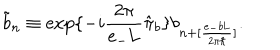
LaTeX: \tilde { b } _ { n } \equiv \exp \{ - i \frac { 2 \pi } { e _ { - } \mathrm { L } } \hat { \pi } _ { b } \} b _ { n + [ \frac { e _ { - } b \mathrm { L } } { 2 { \pi } { \hbar } } ] } .